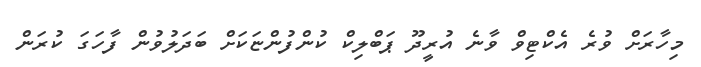
މިހާރަށް ވުރެ އެކްޓިވް ވާނެ އުރީދޫ ޕަބްލިކް ކުންފުންޏަކަށް ބަދަލުވުން ފާހަގަ ކުރަން